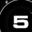
Digit: 5